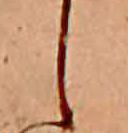
し